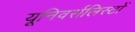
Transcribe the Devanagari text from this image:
यूनिवर्सलिस्टों